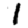
Digit: 1